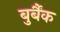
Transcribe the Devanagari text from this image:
बुर्बैंक